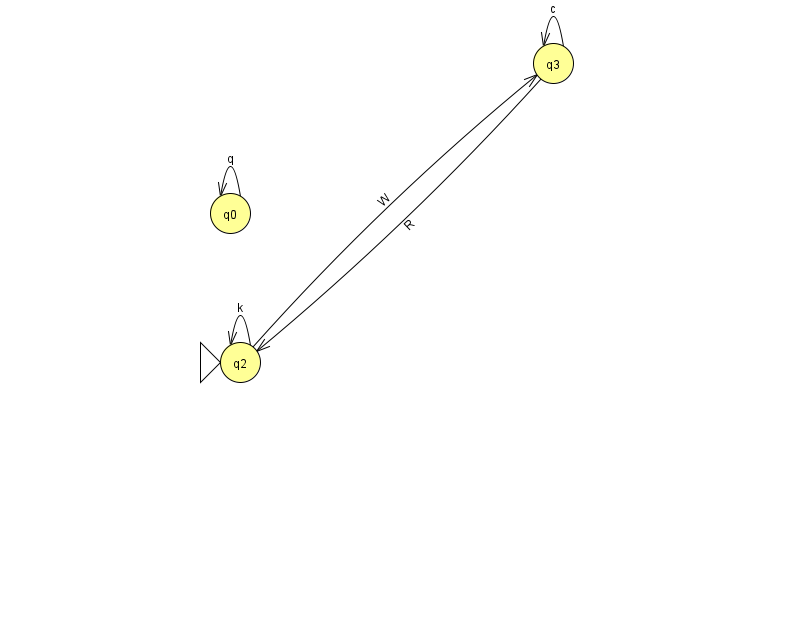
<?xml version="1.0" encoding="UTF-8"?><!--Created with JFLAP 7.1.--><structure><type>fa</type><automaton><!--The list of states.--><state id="0" name="q0"><x>230.0</x><y>200.0</y></state><state id="2" name="q2"><x>240.0</x><y>349.0</y><initial/></state><state id="3" name="q3"><x>553.0</x><y>50.0</y></state><!--The list of transitions.--><transition><from>0</from><to>0</to><read>q</read></transition><transition><from>3</from><to>3</to><read>c</read></transition><transition><from>2</from><to>2</to><read>k</read></transition><transition><from>3</from><to>2</to><read>R</read></transition><transition><from>2</from><to>3</to><read>W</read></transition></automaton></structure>